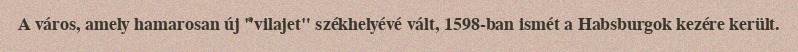
A város, amely hamarosan új "vilajet" székhelyévé vált, 1598-ban ismét a Habsburgok kezére került.